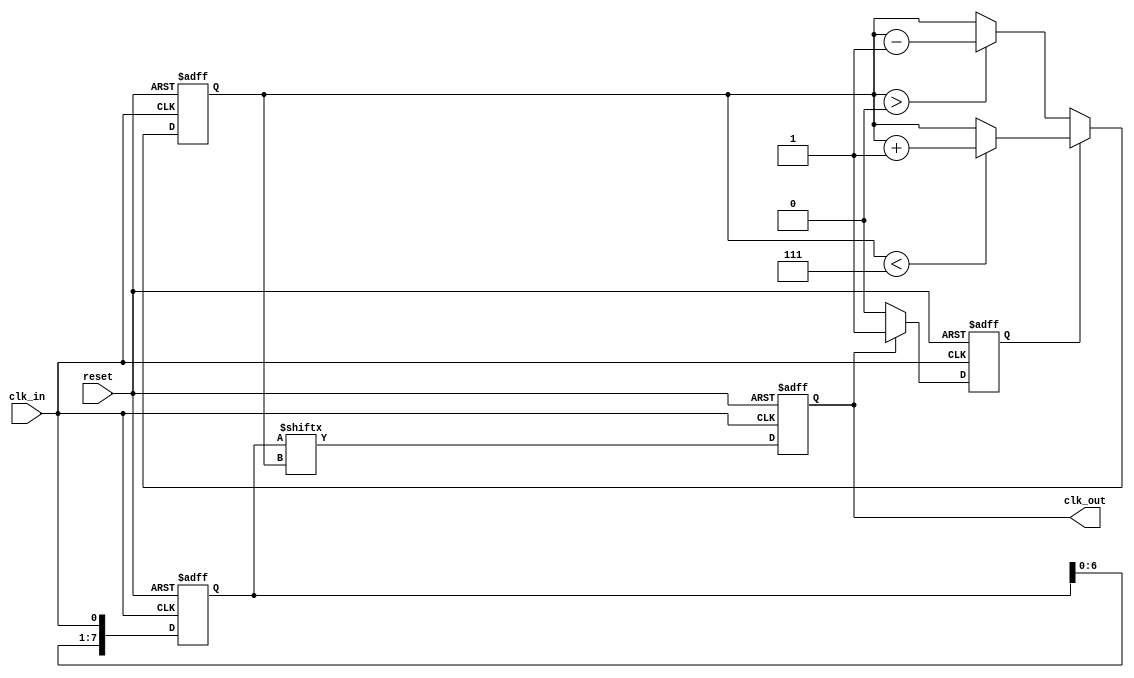
module MemoryBlocksDLL (
    input wire clk_in,        // Input clock
    input wire reset,         // Asynchronous reset
    output reg clk_out        // Output clock (delayed)
);

    // Parameters
    parameter NUM_DELAY_ELEMENTS = 8; // Number of delay elements
    parameter PHASE_THRESHOLD = 1; // Phase detection threshold

    // Internal signals
    reg [NUM_DELAY_ELEMENTS-1:0] delay_line; // Delay line
    reg [2:0] delay_count; // Current delay count
    reg phase_error; // Phase error signal
    reg [2:0] control_signal; // Control signal for delay adjustment

    // Phase Detector
    always @(posedge clk_in or posedge reset) begin
        if (reset) begin
            phase_error <= 0;
        end else begin
            // Compare input clock with output clock
            if (clk_out) begin
                phase_error <= 1; // Output clock is leading
            end else begin
                phase_error <= 0; // Output clock is lagging
            end
        end
    end

    // Control Logic
    always @(posedge clk_in or posedge reset) begin
        if (reset) begin
            delay_count <= 0;
        end else if (phase_error) begin
            // If output is leading, increase delay
            if (delay_count < NUM_DELAY_ELEMENTS - 1) begin
                delay_count <= delay_count + 1;
            end
        end else begin
            // If output is lagging, decrease delay
            if (delay_count > 0) begin
                delay_count <= delay_count - 1;
            end
        end
    end

    // Delay Line
    always @(posedge clk_in or posedge reset) begin
        if (reset) begin
            delay_line <= 0;
            clk_out <= 0;
        end else begin
            // Shift the delay line
            delay_line <= {delay_line[NUM_DELAY_ELEMENTS-2:0], clk_in};
            // Output the delayed clock based on current delay count
            clk_out <= delay_line[delay_count];
        end
    end

endmodule